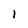
Character: I